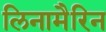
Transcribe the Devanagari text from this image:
लिनामैरिन